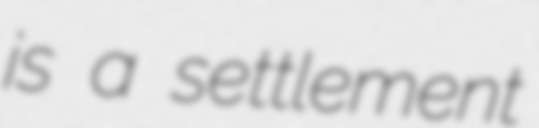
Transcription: is a settlement